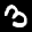
Label: 3